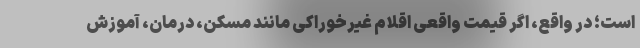
است؛ در واقع، اگر قیمت واقعی اقلام غیرخوراکی مانند مسکن، درمان، آموزش